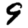
Digit: 9